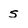
Character: s